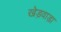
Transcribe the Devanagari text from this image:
खेड़वाड़ा